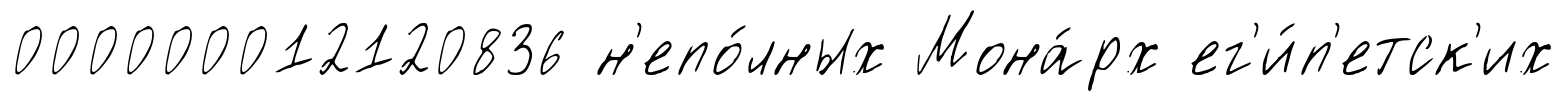
000000012120836 н'епо́лных Мона́рх ег'и́п'етск'их